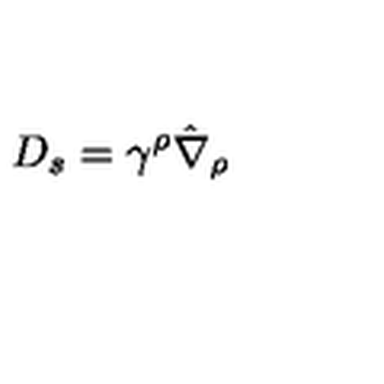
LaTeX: D _ { s } = \gamma ^ { \rho } \hat { \nabla } _ { \rho }